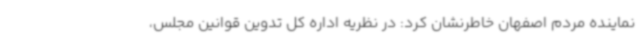
نماینده مردم اصفهان خاطرنشان کرد: در نظریه اداره کل تدوین قوانین مجلس،